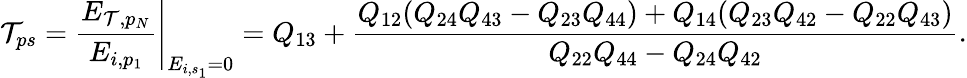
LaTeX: \mathcal{T}_{ps}=\left.\frac{{E_{\mathcal{T},p_{N}}}}{{E_{i,p_{1}}}}\right\vert_{E_{i,s_{1}}=0}=Q_{13}+\frac{{Q_{12}(Q_{24}Q_{43}-Q_{23}Q_{44})+Q_{14}(Q_{23}Q_{42}-Q_{22}Q_{43})}}{{Q_{22}Q_{44}-Q_{24}Q_{42}}}.